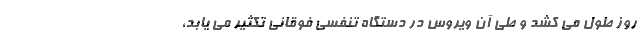
روز طول می کشد و طی آن ویروس در دستگاه تنفسی فوقانی تکثیر می یابد،